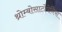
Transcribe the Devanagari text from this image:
थ्रोम्बोसाटोपेनिया